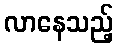
လာနေသည့်